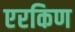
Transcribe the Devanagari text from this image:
एरकिण